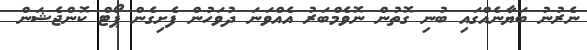
ނެރުނު ބަޔާނެއްގައި ބުނި ގޮތުން ނޮވެމްބަރު އެއްވަނަ ދުވަހުން ފެށިގެން ޕޯޓް ކޮންޖެޝަން